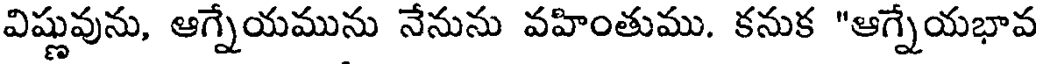
విష్ణువును, ఆగ్నేయమును నేనును వహింతుము. కనుక "ఆగ్నేయభావ